Scottish Leaving Certificate Examination, 1958
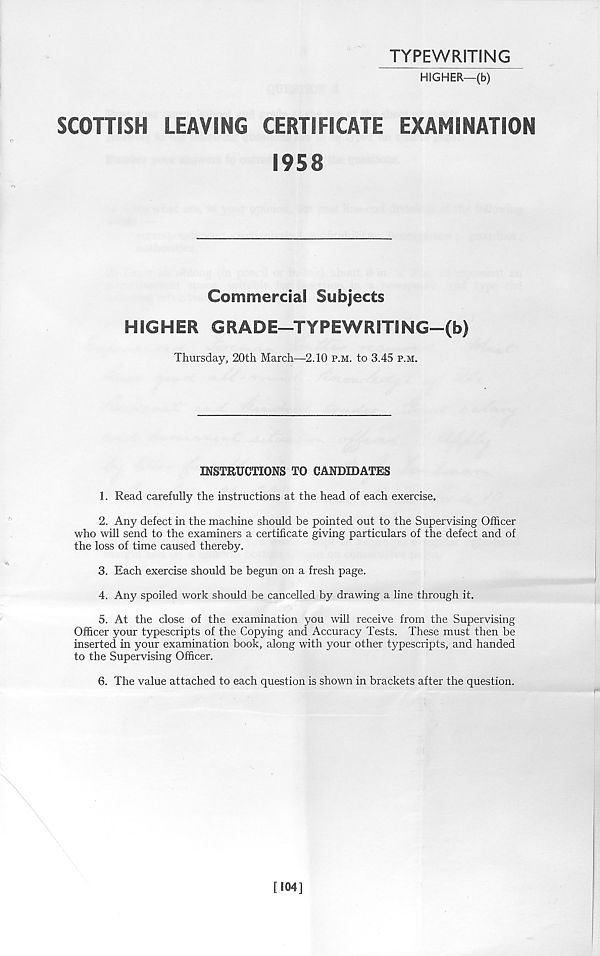
TYPEWRITING
HIGHER—(b)
SCOTTISH
LEAVING
CERTIFICATE
EXAMINATION
1958
Commercial Subjects
HIGHER GRADE—TYPEWRITING—(b)
Thursday, 20th March—2.10 p.m. to 3.45 p.m.
INSTRUCTIONS TO CANDIDATES
1. Read carefully the instructions at the head of each exercise.
2. Any defect in the machine should be pointed out to the Supervising Officer
who will send to the examiners a certificate giving particulars of the defect and of
the loss of time caused thereby.
3. Each exercise should be begun on a fresh page.
4. Any spoiled work should be cancelled by drawing a line through it.
5. At the close of the examination you will receive from the Supervising
Officer your typescripts of the Copying and Accuracy Tests. These must then be
inserted in your examination book, along with your other typescripts, and handed
to the Supervising Officer.
6. The value attached to each question is shown in brackets after the question.
[104]